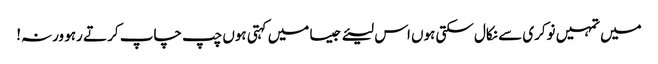
میں تمہیں نوکری سے نکال سکتی ہوں اس لیئے جیسا میں کہتی ہوں چپ چاپ کر تے رہو ورنہ!